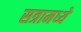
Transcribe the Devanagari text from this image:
सत्रामध्ये